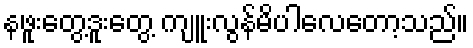
နဖူးတွေ့ဒူးတွေ့ ကျူးလွန်မိပါလေတော့သည်။